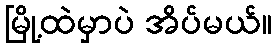
မြို့ထဲမှာပဲ အိပ်မယ်။